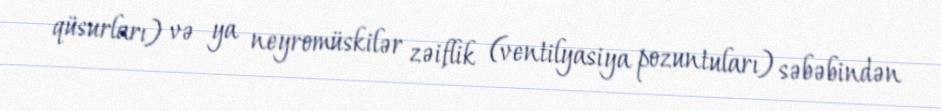
qüsurları) və ya neyromüskilər zəiflik (ventilyasiya pozuntuları) səbəbindən